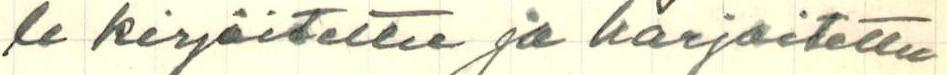
le kirjoitettu ja harjoitettu